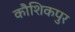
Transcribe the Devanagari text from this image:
कौशिकपुर